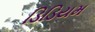
ડિડિયમ